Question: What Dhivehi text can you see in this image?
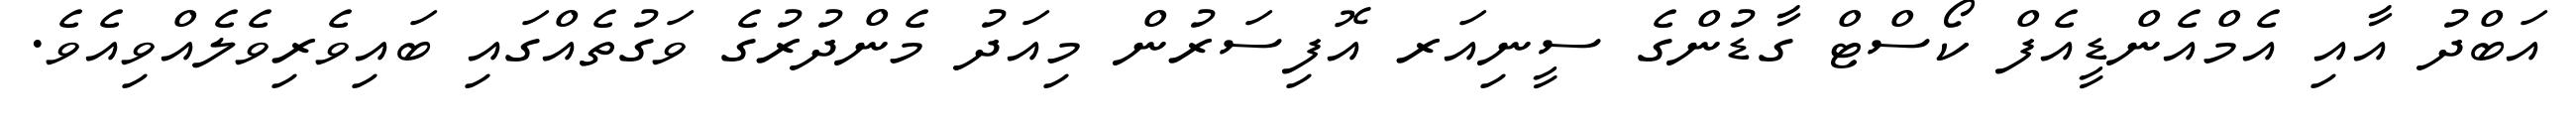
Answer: އަބްދު އާއި އެމްއެންޑީއެފް ކޯސްޓް ގާޑުންގެ ސީނިއަރ އޮފިސަރުން މިއަދު މެންދުރުގެ ވަގުތެއްގައި ބައިވެރިވެލެއްވިއެވެ.